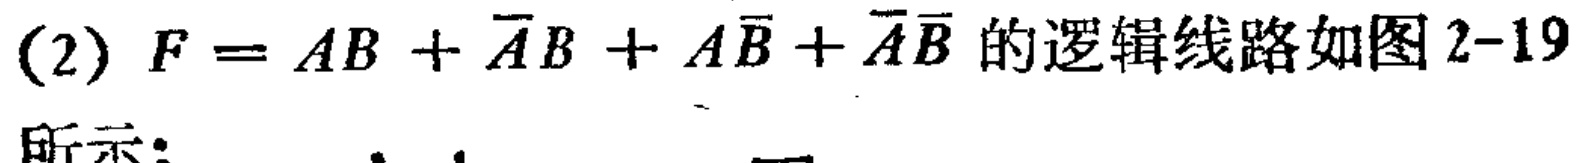
(2) \(F = AB + \overline{A}B + A\overline{B} + \overline{A}\overline{B}\)的逻辑线路如图2-19所示：